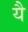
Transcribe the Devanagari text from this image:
येै